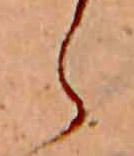
ら